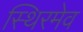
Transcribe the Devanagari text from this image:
स्थिरमेव